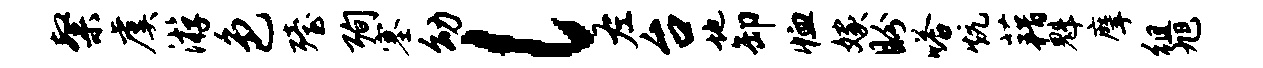
粲虞游色殪殉塞幼l左台地卸恤嫁盼嗒炕藉魁摩徂旭